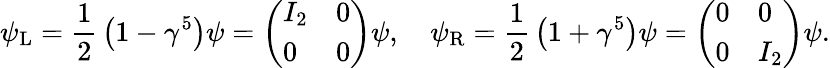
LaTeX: \psi_{\mathrm{{L}}}={\frac{1}{2}}\left(1-\gamma^{5}\right)\psi={\left(\begin{array}{ll}{I_{2}}&{0}\\ {0}&{0}\end{array}\right)}\psi,\quad\psi_{\mathrm{{R}}}={\frac{1}{2}}\left(1+\gamma^{5}\right)\psi={\left(\begin{array}{ll}{0}&{0}\\ {0}&{I_{2}}\end{array}\right)}\psi.